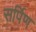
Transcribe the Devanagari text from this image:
सर्पिण